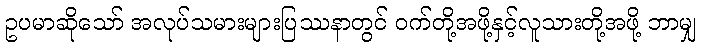
ဥပမာဆိုသော် အလုပ်သမားများပြဿနာတွင် ဝက်တို့အဖို့နှင့်လူသားတို့အဖို့ ဘာမျှ